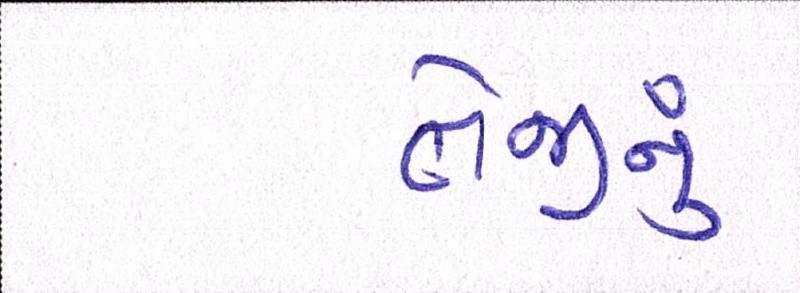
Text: તેજીનું